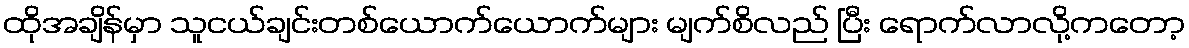
ထိုအချိန်မှာ သူငယ်ချင်းတစ်ယောက်ယောက်များ မျက်စိလည် ပြီး ရောက်လာလို့ကတော့